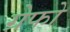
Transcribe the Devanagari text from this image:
ग्रेफो